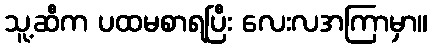
သူ့ဆီက ပထမစာရပြီး လေးလအကြာမှာ။